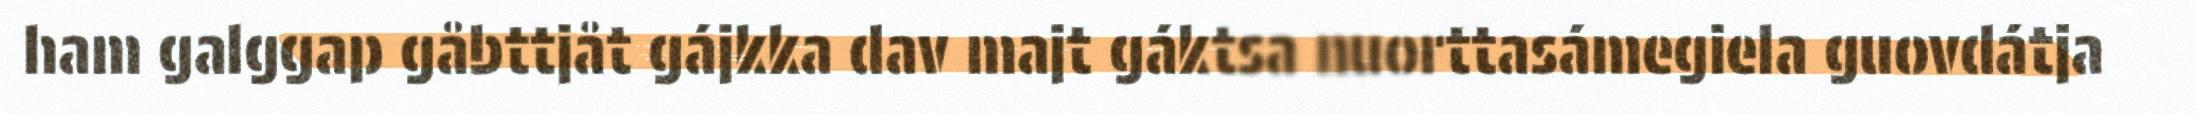
ham galggap gåbttjåt gájkka dav majt gáktsa nuorttasámegiela guovdátja